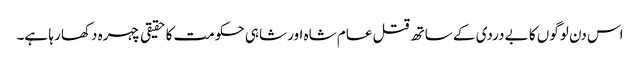
اس دن لوگوں کا بے دردی کے ساتھ قتل عام شاہ اور شاہی حکومت کا حقیقی چہرہ دکھا رہا ہے۔